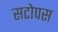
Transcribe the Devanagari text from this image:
सटोपस